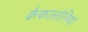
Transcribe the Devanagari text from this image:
केफालोनिया